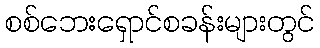
စစ်ဘေးရှောင်စခန်းများတွင်